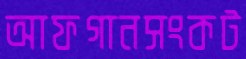
আফগানসংকট